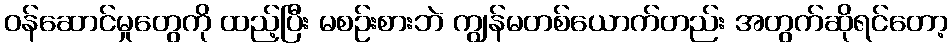
ဝန်ဆောင်မှုတွေကို ထည့်ပြီး မစဉ်းစားဘဲ ကျွန်မတစ်ယောက်တည်း အတွက်ဆိုရင်တော့